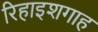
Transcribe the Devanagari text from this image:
रिहाइशगाह